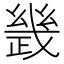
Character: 𢨂